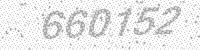
Solution: 660152